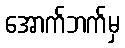
အောက်ဘက်မှ